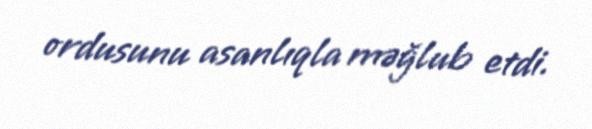
ordusunu asanlıqla məğlub etdi.